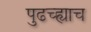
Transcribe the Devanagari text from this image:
पुढच्ह्याच